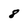
Character: 8